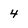
Character: 4